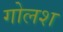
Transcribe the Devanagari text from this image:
गोलश